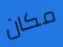
مكان